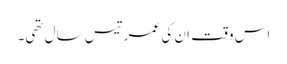
اس وقت ان کی عمر تیس سال تھی۔